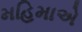
મહિમાએ